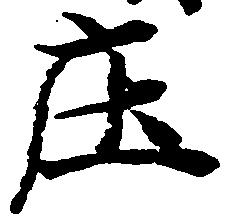
庄